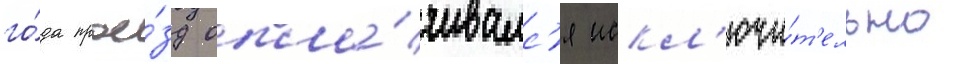
го́да прое́зд опла́чивалс'я искл'ючи́т'ельно